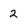
Character: 2